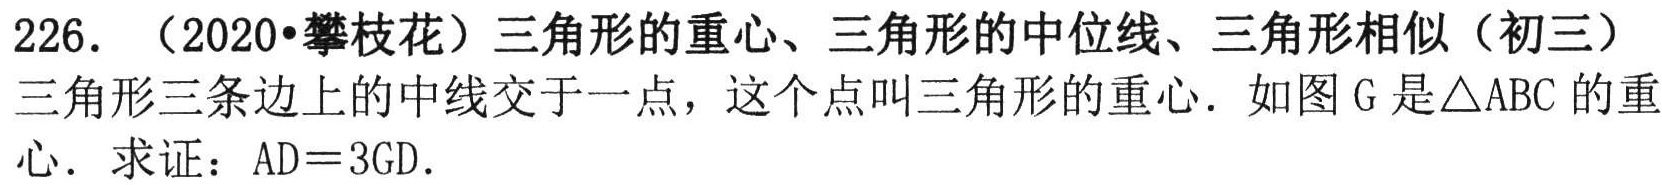
226. （2020•攀枝花）三角形的重心、三角形的中位线、三角形相似（初三）

三角形三条边上的中线交于一点，这个点叫三角形的重心. 如图 \(G\) 是\(\triangle ABC\) 的重

心. 求证：\(AD = 3GD\).